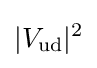
|V_{\text{ud}}|^{2}